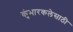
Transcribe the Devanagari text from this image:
कुंभारकलेसाठी